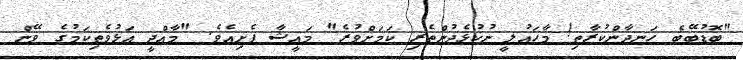
"ބޮޑުބޭބެ ހަނދާންކުރާތި! މާހައުލީ ނުކުޅެދުންތެރި ކަމަށްވުރެ" މައީޝާ ފެށިއެވެ. "މާއްދީ އަޅުވެތިކަމުގެ ވޭން